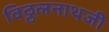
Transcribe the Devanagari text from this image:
विठ्ठलनाथजी